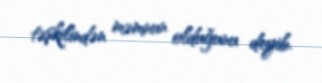
təşkilindən məmnun olduğunu deyib.